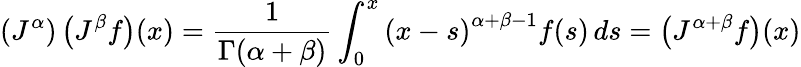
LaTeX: \left(J^{\alpha}\right)\left(J^{\beta}f\right)(x)={\frac{1}{\Gamma(\alpha+\beta)}}\int_{0}^{x}\left(x-s\right)^{\alpha+\beta-1}f(s)\, ds=\left(J^{\alpha+\beta}f\right)(x)